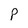
Character: p